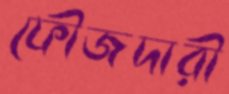
ফৌজদারী